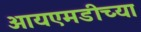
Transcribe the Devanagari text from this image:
आयएमडीच्या